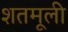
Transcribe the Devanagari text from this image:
शतमूली